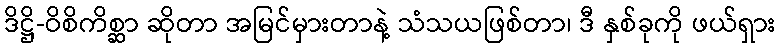
ဒိဋ္ဌိ-ဝိစိကိစ္ဆာ ဆိုတာ အမြင်မှားတာနဲ့ သံသယဖြစ်တာ၊ ဒီ နှစ်ခုကို ဖယ်ရှား